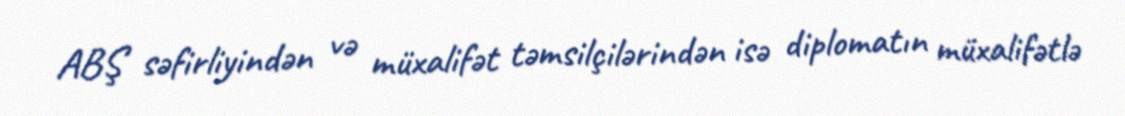
ABŞ səfirliyindən və müxalifət təmsilçilərindən isə diplomatın müxalifətlə